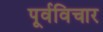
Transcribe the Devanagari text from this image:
पूर्वविचार